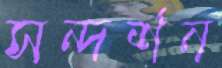
সন্দর্শন